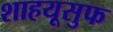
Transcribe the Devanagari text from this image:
शाहयूसुफ